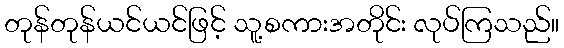
တုန်တုန်ယင်ယင်ဖြင့် သူ့စကားအတိုင်း လုပ်ကြသည်။